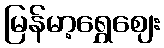
မြန်မာ့ရွှေဈေး